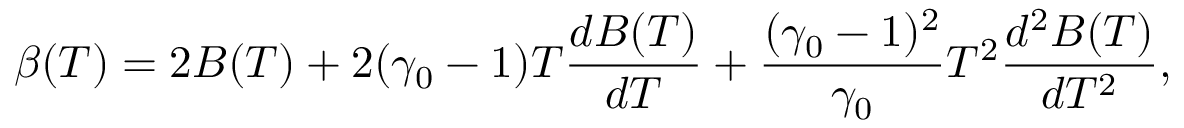
\beta ( T ) = 2 B ( T ) + 2 ( \gamma _ { 0 } - 1 ) T \frac { d B ( T ) } { d T } + \frac { ( \gamma _ { 0 } - 1 ) ^ { 2 } } { \gamma _ { 0 } } T ^ { 2 } \frac { d ^ { 2 } B ( T ) } { d T ^ { 2 } } ,